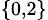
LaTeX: _{\{ 0,2\} }